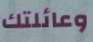
وعائلتك